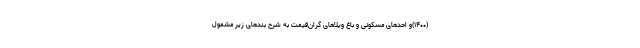
(۱۴۰۰)و احدهای مسکونی و باغ ویلاهای گران‌قیمت به شرح بندهای زیر مشمول